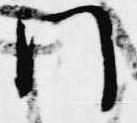
門